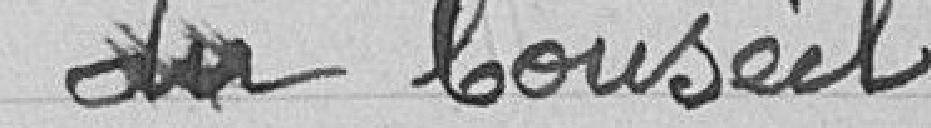
du Conseil